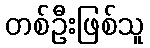
တစ်ဦးဖြစ်သူ